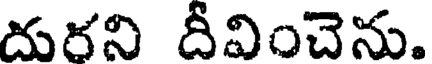
దురని దీవించెను.